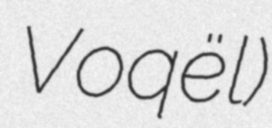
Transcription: Voqël)